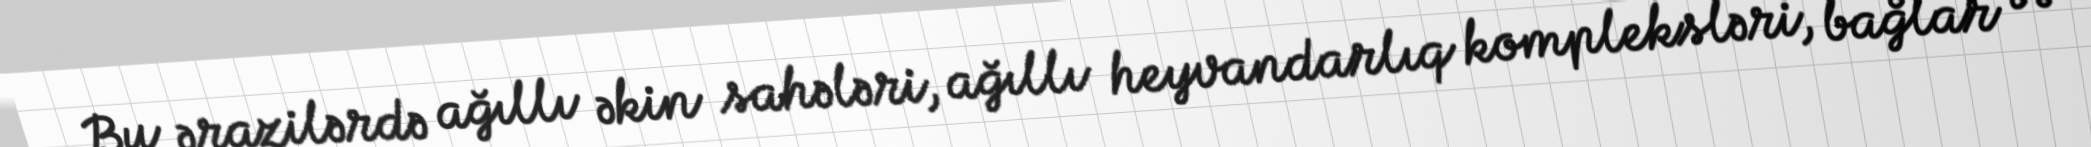
Bu ərazilərdə ağıllı əkin sahələri, ağıllı heyvandarlıq kompleksləri, bağlar və